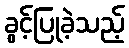
ခွင့်ပြုခဲ့သည့်